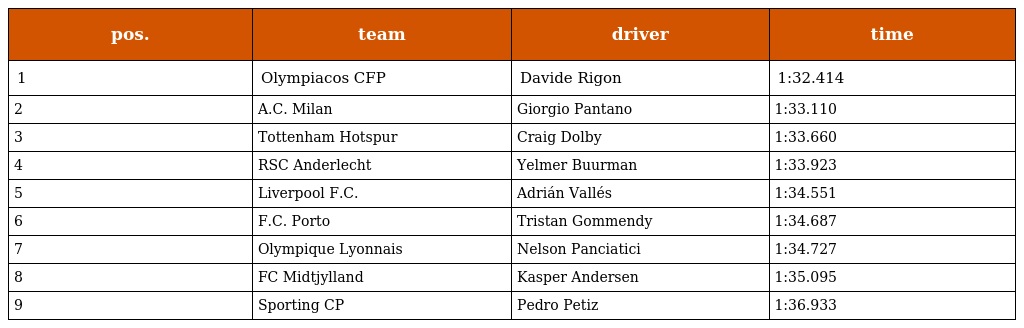
| pos. | team | driver | time |
 | --- | --- | --- | --- |
 | 1 | Olympiacos CFP | Davide Rigon | 1:32.414 |
 | 2 | A.C. Milan | Giorgio Pantano | 1:33.110 |
 | 3 | Tottenham Hotspur | Craig Dolby | 1:33.660 |
 | 4 | RSC Anderlecht | Yelmer Buurman | 1:33.923 |
 | 5 | Liverpool F.C. | Adrián Vallés | 1:34.551 |
 | 6 | F.C. Porto | Tristan Gommendy | 1:34.687 |
 | 7 | Olympique Lyonnais | Nelson Panciatici | 1:34.727 |
 | 8 | FC Midtjylland | Kasper Andersen | 1:35.095 |
 | 9 | Sporting CP | Pedro Petiz | 1:36.933 |